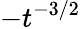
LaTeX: -t^{-3/2}